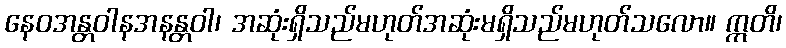
နေဝအန္တဝါနအနန္တဝါ၊ အဆုံးရှိသည်မဟုတ်အဆုံးမရှိသည်မဟုတ်သလော။ ဣတိ၊